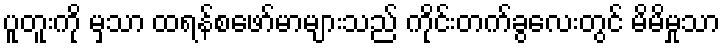
ပူတူးကို မှသာ ထရန်စဖော်မာများသည် ကိုင်းတက်ခွလေးတွင် မိမိမှုသာ